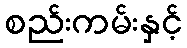
စည်းကမ်းနှင့်